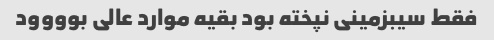
فقط سیبزمینی نپخته بود بقیه موارد عالی بوووود